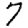
Digit: 7